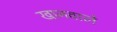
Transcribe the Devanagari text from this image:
खानवाले